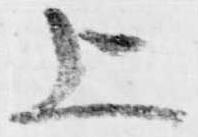
上